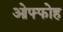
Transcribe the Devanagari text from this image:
ओफ्फोह